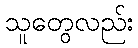
သူတွေလည်း